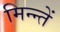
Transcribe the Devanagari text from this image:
मिन्न्तें